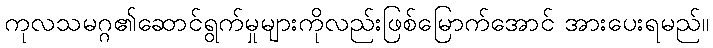
ကုလသမဂ္ဂ၏ဆောင်ရွက်မှုများကိုလည်းဖြစ်မြောက်အောင် အားပေးရမည်။